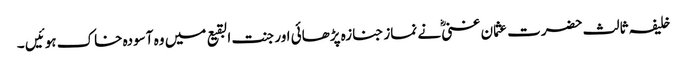
خلیفہ ثالث حضرت عثمان غنی ؓنے نماز جنازہ پڑھائی اور جنت البقیع میں وہ آسودہ خاک ہوئیں ۔